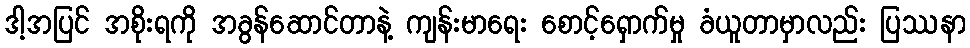
ဒါ့အပြင် အစိုးရကို အခွန်ဆောင်တာနဲ့ ကျန်းမာရေး စောင့်ရှောက်မှု ခံယူတာမှာလည်း ပြဿနာ